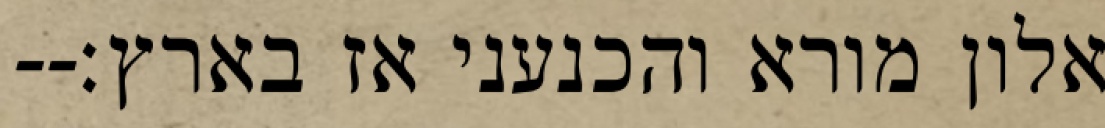
אלון מורא והכנעני אז בארץ׃--